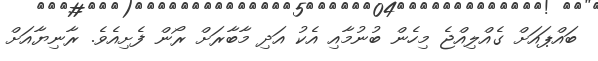
ބައްޕައަށް ގެއްލިއްޖެ މިހެން ބުނުމާއި އެކު އަދި މާބާރަށް ރޯން ފެށިއެވެ. ރާނިޔާއަށް